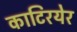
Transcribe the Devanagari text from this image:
काटिरयेर